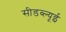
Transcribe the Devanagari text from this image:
सीडब्ल्यूई